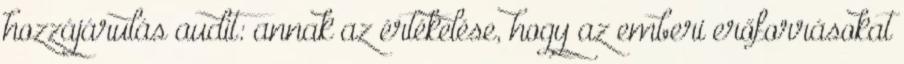
hozzájárulás audit: annak az értékelése, hogy az emberi erőforrásokat